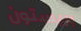
بريستون